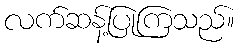
လက်ဆန့်ပြုကြသည်။